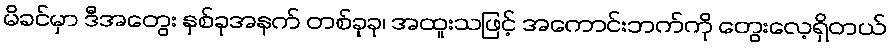
မိခင်မှာ ဒီအတွေး နှစ်ခုအနက် တစ်ခုခု၊ အထူးသဖြင့် အကောင်းဘက်ကို တွေးလေ့ရှိတယ်